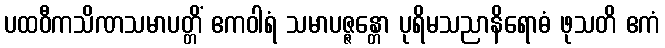
ပထဝီကသိဏသမာပတ္တိံ ဧကဝါရံ သမာပဇ္ဇန္တော ပုရိမသညာနိရောဓံ ဖုသတိ ဧကံ